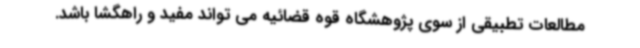
مطالعات تطبیقی از سوی پژوهشگاه قوه قضائیه می تواند مفید و راهگشا باشد.